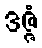
ဒဇ္ဇံ